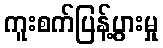
ကူးစက်ပြန့်ပွားမှု